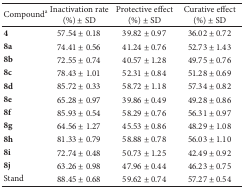
| Compounda | Inactivation rate (%) ± SD | Protective effect (%) ± SD | Curative effect (%) ± SD |
 | --- | --- | --- | --- |
 | 4 | 57.54 ± 0.18 | 39.82 ± 0.97 | 36.02 ± 0.72 |
 | 8a | 74.41 ± 0.56 | 41.24 ± 0.76 | 52.73 ± 1.43 |
 | 8b | 72.55 ± 0.74 | 40.57 ± 1.28 | 49.75 ± 0.76 |
 | 8c | 78.43 ± 1.01 | 52.31 ± 0.84 | 51.28 ± 0.69 |
 | 8d | 85.72 ± 0.33 | 58.72 ± 1.18 | 57.34 ± 0.82 |
 | 8e | 65.28 ± 0.97 | 39.86 ± 0.49 | 49.28 ± 0.86 |
 | 8f | 85.93 ± 0.54 | 58.29 ± 0.76 | 56.31 ± 0.97 |
 | 8g | 64.56 ± 1.27 | 45.53 ± 0.86 | 48.29 ± 1.08 |
 | 8h | 81.33 ± 0.79 | 58.88 ± 0.78 | 56.03 ± 1.10 |
 | 8i | 72.74 ± 0.48 | 50.73 ± 1.25 | 42.49 ± 0.92 |
 | 8j | 63.26 ± 0.98 | 47.96 ± 0.44 | 46.23 ± 0.75 |
 | Stand | 88.45 ± 0.68 | 59.62 ± 0.74 | 57.27 ± 0.54 |